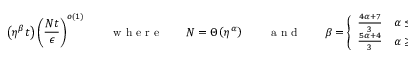
\left( \eta ^ { \beta } t \right) \left( \frac { N t } { \epsilon } \right) ^ { o ( 1 ) } \qquad \textrm { w h e r e } \qquad N = \Theta \left( \eta ^ { \alpha } \right) \qquad \textrm { a n d } \qquad \beta = \left\{ \begin{array} { l l } { \frac { 4 \alpha + 7 } { 3 } } & { \alpha \leq 3 } \\ { \frac { 5 \alpha + 4 } { 3 } } & { \alpha \geq 3 } \end{array} \right. \, .